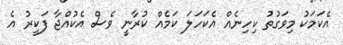
އެކަމަކު މިވަގުތު ކިހިނެއް އެކަހަލަ ކަމެއް ކުރާނީ ވެސް އެކުއްޖާ ފަކީރު އެ